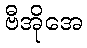
ဗီအိုအေ